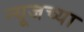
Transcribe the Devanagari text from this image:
न्यूजच्या